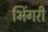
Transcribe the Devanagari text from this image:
भिंगरी